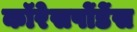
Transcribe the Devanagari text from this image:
कॉरेसपोंडेंस